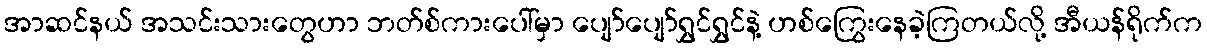
အာဆင်နယ် အသင်းသားတွေဟာ ဘတ်စ်ကားပေါ်မှာ ပျော်ပျော်ရွှင်ရွှင်နဲ့ ဟစ်ကြွေးနေခဲ့ကြတယ်လို့ အီယန်ရိုက်က